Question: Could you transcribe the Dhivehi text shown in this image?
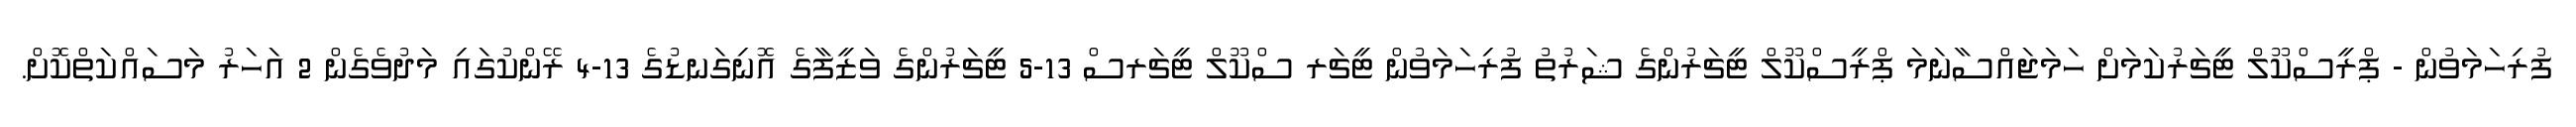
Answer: ފުރިހަމަވުން - ޕްރީސްކޫލް ޓީޗަރުކަމަށް ހަމަޖައްސާނަމަ ޕްރީސްކޫލް ޓީޗަރުންގެ ޝަރުތު ފުރިހަމަވުން ޓީޗަރ ސްކޫލް ޓީޗަރސް 13-5 ޓީޗަރުންގެ ވަޒީފާގެ އޮނިގަނޑުގެ 13-4 ރޭންކުގައި މަދުވެގެން 2 އަހަރު މަސައްކަތްކޮށް.